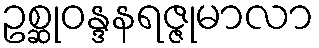
ဥစ္ဆုဝန္ဒနရဇ္ဇုမာလာ